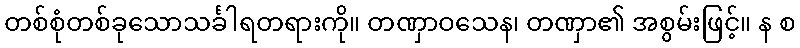
တစ်စုံတစ်ခုသောသင်္ခါရတရားကို။ တဏှာဝသေန၊ တဏှာ၏ အစွမ်းဖြင့်။ န စ